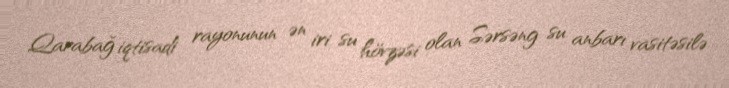
Qarabağ iqtisadi rayonunun ən iri su hövzəsi olan Sərsəng su anbarı vasitəsilə